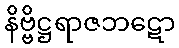
နိဗ္ဗိဋ္ဌရာဇဘဋော